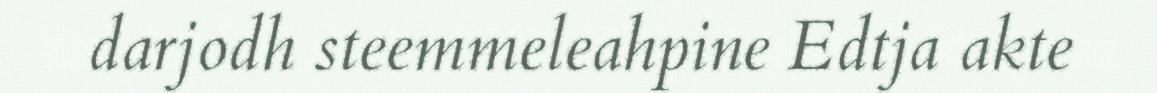
darjodh steemmeleahpine Edtja akte